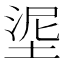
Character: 埿